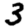
Digit: 3